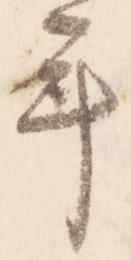
年